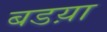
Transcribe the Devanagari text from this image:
बडय़ा